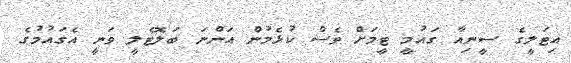
އިޓަލީގެ ސީނިއާ ގައުމީ ޓީމަށް ވެސް ކުޅެމުން އަންނަ ބަލޮޓެލީ ވަނީ އެގައުމުގެ